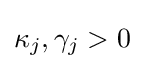
\kappa _{j},\gamma _{j}>0